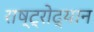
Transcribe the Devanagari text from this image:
राष्ट्रोद्यान